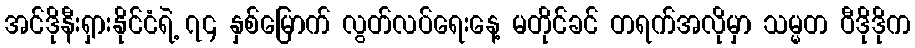
အင်ဒိုနီးရှားနိုင်ငံရဲ့ ၇၄ နှစ်မြောက် လွတ်လပ်ရေးနေ့ မတိုင်ခင် တရက်အလိုမှာ သမ္မတ ဝီဒိုဒိုက